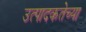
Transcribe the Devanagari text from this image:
उत्पादकतेच्या